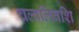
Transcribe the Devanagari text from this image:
चल्वलिवशि